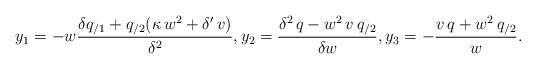
LaTeX: \begin{align*} y_{1}=-w\frac{\delta q_{/1}+q_{/2}(\kappa \,w^{2}+\delta '\,v)}{\delta ^{2}}, y_{2}=\frac{\delta ^{2}\,q-w^{2}\,v\,q_{/2}}{\delta w}, y_{3}=-\frac{v\,q+w^{2}\,q_{/2}}{w}. \end{align*}